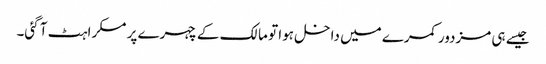
جیسے ہی مزدور کمرے میں داخل ہوا تو مالک کے چہرے پر مسکراہٹ آ گئی۔